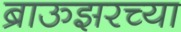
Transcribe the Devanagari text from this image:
ब्राऊझरच्या